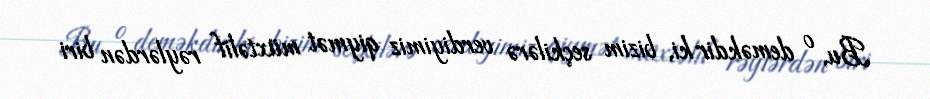
Bu, o deməkdir ki, bizim seçkilərə verdiyimiz qiymət müxtəlif rəylərdən biri